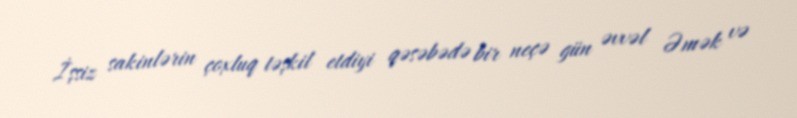
İşsiz sakinlərin çoxluq təşkil etdiyi qəsəbədə bir neçə gün əvvəl Əmək və